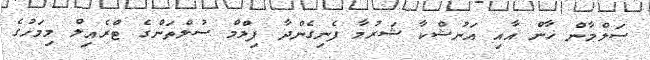
ސަލްމާން ޚާން އާއި އަނުޝްކާ ޝަރުމާ ފެނިގެންދާ ފިލްމް ސުލްތަންގެ ޓްރެއިލް މިމަހުގެ